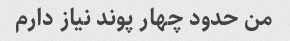
من حدود چهار پوند نیاز دارم